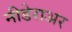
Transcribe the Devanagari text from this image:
नीडेराअर